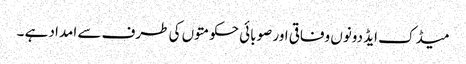
میڈک ایڈ دونوں وفاقی اور صوبائی حکومتوں کی طرف سے امداد ہے ۔